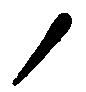
ノ